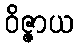
ဝိဇ္ဇာယ